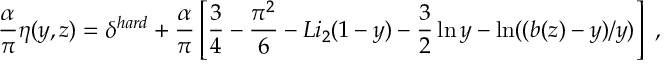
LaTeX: \frac { \alpha } { \pi } \eta ( y , z ) = \delta ^ { h a r d } + \frac { \alpha } { \pi } \left[ \frac { 3 } { 4 } - \frac { \pi ^ { 2 } } { 6 } - L i _ { 2 } ( 1 - y ) - \frac { 3 } { 2 } \ln y - \ln ( ( b ( z ) - y ) / y ) \right] \ ,